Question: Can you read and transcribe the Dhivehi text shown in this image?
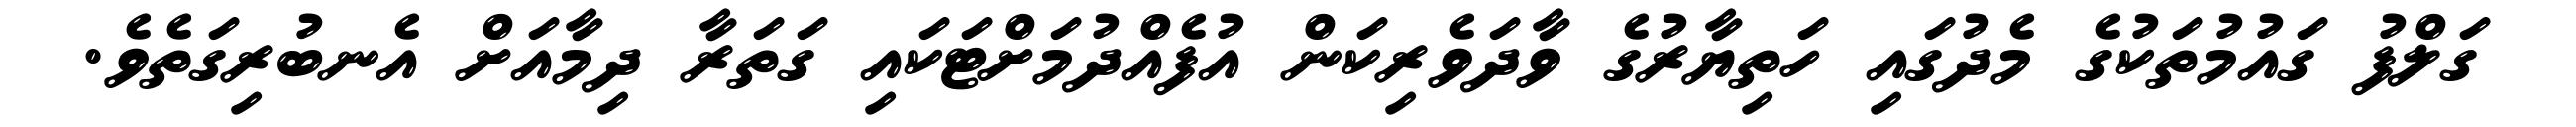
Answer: ގަލްފު ގައުމުތަކުގެ މެދުގައި ހަތިޔާރުގެ ވާދަވެރިކަން އުފެއްދުމަށްޓަކައި ގަތަރާ ދިމާއަށް އެނބުރިގަތެވެ.